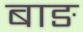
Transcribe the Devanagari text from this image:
बाङ